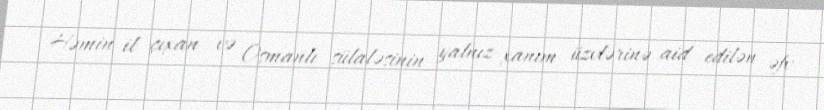
Həmin il çıxan və Osmanlı sülaləsinin yalnız xanım üzvlərinə aid edilən əfv